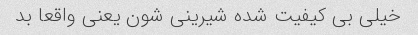
خیلی بی کیفیت شده شیرینی شون یعنی واقعا بد